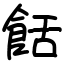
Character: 餂